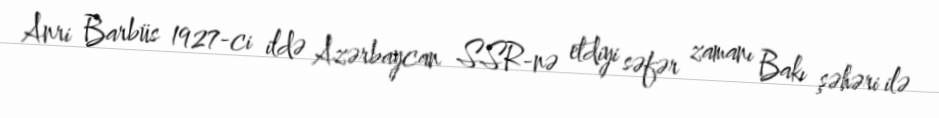
Anri Barbüs 1927-ci ildə Azərbaycan SSR-nə etdiyi səfər zamanı Bakı şəhəri ilə